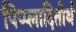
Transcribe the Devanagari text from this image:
पिप्प्लादितीर्थ